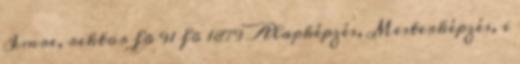
Imre, rektor fõ 91 fõ 1879 Alapképzés, Mesterképzés, i